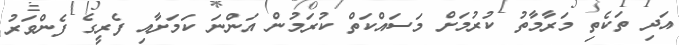
އަދި ތަކެތި މަރާމާތު ކުރުމަށް މަސައްކަތް ކުރަމުން އަންނަ ކަމަށާއި ފެރީގެ ފެންވަރު